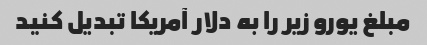
مبلغ یورو زیر را به دلار آمریکا تبدیل کنید